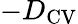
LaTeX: -D_{\mathrm{CV}}